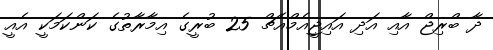
ދާ ބްރިޖް އާއި އަދި އައިޖީއެމްއެޗް 25 ބުރީގެ އިމާރާތުގެ ކަންކަމަކީ އެއީ